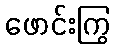
ဖောင်းကြွ